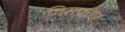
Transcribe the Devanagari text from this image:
गिराफ्तार